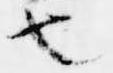
也